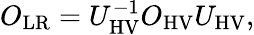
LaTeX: \begin{array}{r}{O_{\mathrm{LR}}=U_{\mathrm{HV}}^{-1}O_{\mathrm{HV}}U_{\mathrm{HV}},}\end{array}